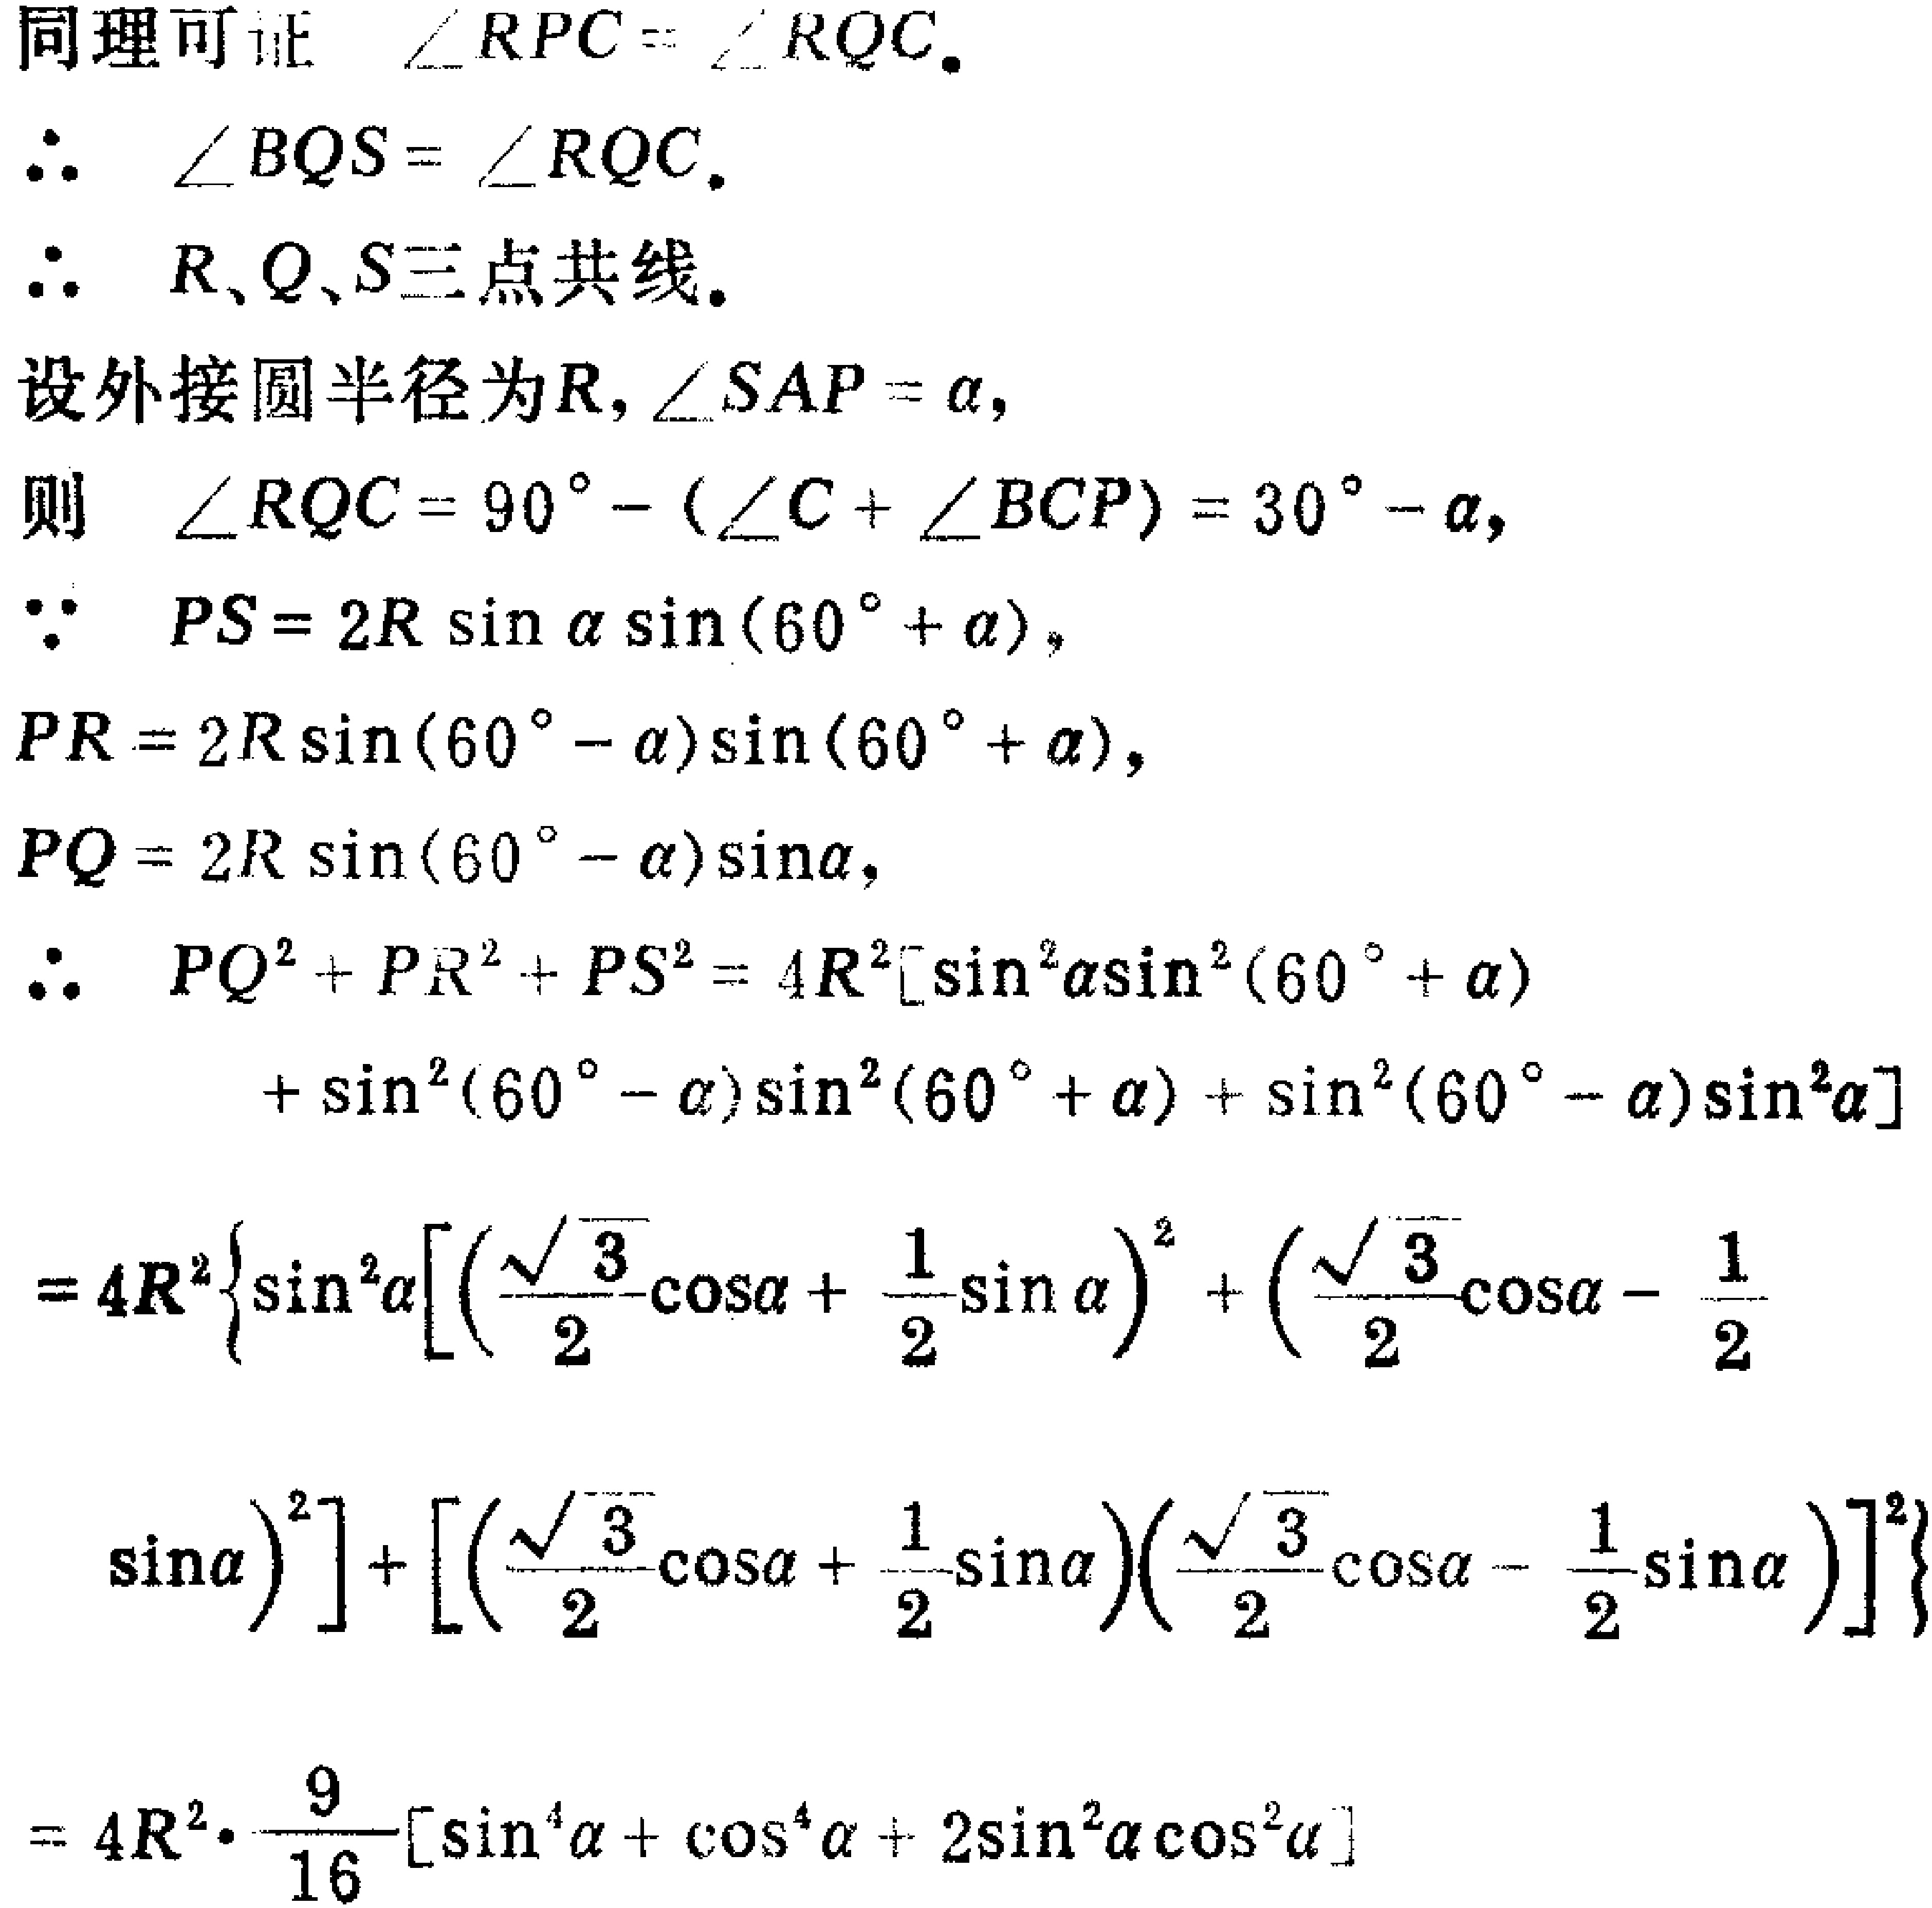
同理可证 $\angle RPC = \angle RQC.$
$\therefore \angle BQS = \angle RQC.$
$\therefore R,Q,S三点共线.$
设外接圆半径为$R,\angle SAP = \alpha,$
则 $\angle RQC = 90^{\circ}-(\angle C+\angle BCP)=30^{\circ}-\alpha,$
$\because PS = 2R\sin\alpha\sin(60^{\circ}+\alpha),$
$PR = 2R\sin(60^{\circ}-\alpha)\sin(60^{\circ}+\alpha),$
$PQ = 2R\sin(60^{\circ}-\alpha)\sin\alpha,$
$\therefore PQ^{2}+PR^{2}+PS^{2}=4R^{2}[\sin^{2}\alpha\sin^{2}(60^{\circ}+\alpha)$
$+\sin^{2}(60^{\circ}-\alpha)\sin^{2}(60^{\circ}+\alpha)+\sin^{2}(60^{\circ}-\alpha)\sin^{2}\alpha]$
$=4R^{2}\left\{\sin^{2}\alpha\left[\left(\frac{\sqrt{3}}{2}\cos\alpha + \frac{1}{2}\sin\alpha\right)^{2}+\left(\frac{\sqrt{3}}{2}\cos\alpha - \frac{1}{2}\right.\right.\right.$
$\left.\left.\sin\alpha\right)^{2}\right]+\left[\left(\frac{\sqrt{3}}{2}\cos\alpha + \frac{1}{2}\sin\alpha\right)\left(\frac{\sqrt{3}}{2}\cos\alpha - \frac{1}{2}\sin\alpha\right)\right]^{2}\right\}$
$=4R^{2}\cdot\frac{9}{16}[\sin^{4}\alpha+\cos^{4}\alpha + 2\sin^{2}\alpha\cos^{2}\alpha]$